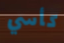
كأسي